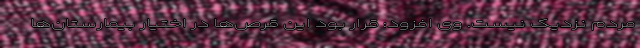
مردم نزدیک نیست. وی افزود: قرار بود این قرص‌ها در اختیار بیمارستان‌ها